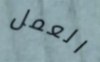
العمل